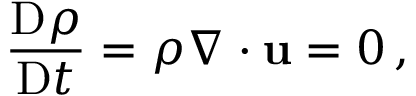
\frac { \mathrm { D } \rho } { \mathrm { D } t } = \rho \nabla \cdot \mathbf { u } = 0 \, ,